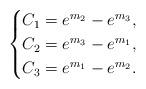
LaTeX: \begin{align*}\begin{cases}C_1= e^{m_2}-e^{m_3}, \\C_2= e^{m_3}-e^{ m_1 }, \\C_3= e^{m_1} - e^{m_2}.\end{cases}\end{align*}